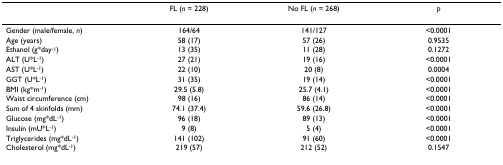
<table><thead><tr><td></td><td><b>FL (<i>n </i>= 228)</b></td><td><b>No FL (<i>n </i>= 268)</b></td><td><b><i>p</i></b></td></tr></thead><tbody><tr><td>Gender (male/female, <i>n</i>)</td><td>164/64</td><td>141/127</td><td>&lt;0.0001</td></tr><tr><td>Age (years)</td><td>58 (17)</td><td>57 (26)</td><td>0.9535</td></tr><tr><td>Ethanol (g*day<sup>-1</sup>)</td><td>13 (35)</td><td>11 (28)</td><td>0.1272</td></tr><tr><td>ALT (U*L<sup>-1</sup>)</td><td>27 (21)</td><td>19 (16)</td><td>&lt;0.0001</td></tr><tr><td>AST (U*L<sup>-1</sup>)</td><td>22 (10)</td><td>20 (8)</td><td>0.0004</td></tr><tr><td>GGT (U*L<sup>-1</sup>)</td><td>31 (35)</td><td>19 (14)</td><td>&lt;0.0001</td></tr><tr><td>BMI (kg*m<sup>-1</sup>)</td><td>29.5 (5.8)</td><td>25.7 (4.1)</td><td>&lt;0.0001</td></tr><tr><td>Waist circumference (cm)</td><td>98 (16)</td><td>86 (14)</td><td>&lt;0.0001</td></tr><tr><td>Sum of 4 skinfolds (mm)</td><td>74.1 (37.4)</td><td>59.6 (26.8)</td><td>&lt;0.0001</td></tr><tr><td>Glucose (mg*dL<sup>-1</sup>)</td><td>96 (18)</td><td>89 (13)</td><td>&lt;0.0001</td></tr><tr><td>Insulin (mU*L<sup>-1</sup>)</td><td>9 (8)</td><td>5 (4)</td><td>&lt;0.0001</td></tr><tr><td>Triglycerides (mg*dL<sup>-1</sup>)</td><td>141 (102)</td><td>91 (60)</td><td>&lt;0.0001</td></tr><tr><td>Cholesterol (mg*dL<sup>-1</sup>)</td><td>219 (57)</td><td>212 (52)</td><td>0.1547</td></tr></tbody></table>